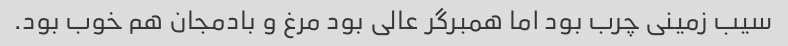
سیب زمینی چرب بود اما همبرگر عالی بود مرغ و بادمجان هم خوب بود.